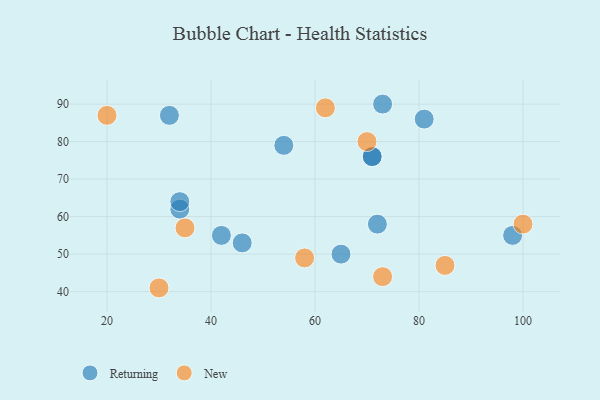
{"axis": {"x": "GDP", "y": "Life Expectancy"}, "legend": ["New", "Returning"], "data": [{"x": "32", "y": 87, "type": "Returning"}, {"x": "65", "y": 50, "type": "Returning"}, {"x": "73", "y": 90, "type": "Returning"}, {"x": "72", "y": 58, "type": "Returning"}, {"x": "34", "y": 62, "type": "Returning"}, {"x": "42", "y": 55, "type": "Returning"}, {"x": "81", "y": 86, "type": "Returning"}, {"x": "34", "y": 64, "type": "Returning"}, {"x": "71", "y": 76, "type": "Returning"}, {"x": "71", "y": 76, "type": "Returning"}, {"x": "98", "y": 55, "type": "Returning"}, {"x": "46", "y": 53, "type": "Returning"}, {"x": "54", "y": 79, "type": "Returning"}, {"x": "20", "y": 87, "type": "New"}, {"x": "100", "y": 58, "type": "New"}, {"x": "35", "y": 57, "type": "New"}, {"x": "58", "y": 49, "type": "New"}, {"x": "62", "y": 89, "type": "New"}, {"x": "85", "y": 47, "type": "New"}, {"x": "70", "y": 80, "type": "New"}, {"x": "30", "y": 41, "type": "New"}, {"x": "73", "y": 44, "type": "New"}]}